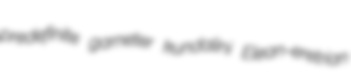
predefinite garneter kundalini Elean-eretrian